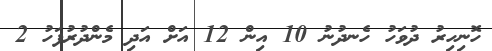
ހޮނިހިރު ދުވަހު ހެނދުނު 10 އިން 12 އަށް އަދި މެންދުރުފަހު 2